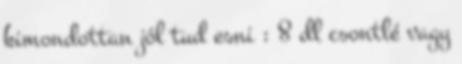
kimondottan jól tud esni : 8 dl csontlé vagy